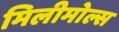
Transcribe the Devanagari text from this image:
मिलीमोल्स